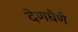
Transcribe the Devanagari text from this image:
देणघेणे